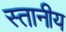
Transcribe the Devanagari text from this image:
स्तानीय